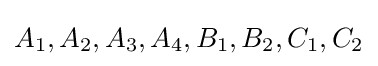
A_{1},A_{2},A_{3},A_{4},B_{1},B_{2},C_{1},C_{2}